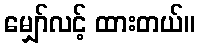
မျှော်လင့် ထားတယ်။